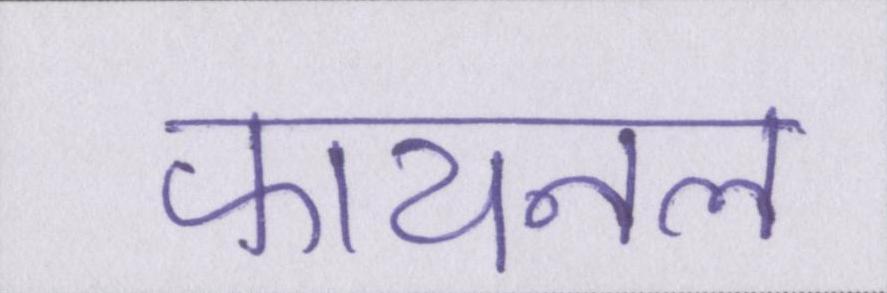
फायनल